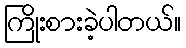
ကြိုးစားခဲ့ပါတယ်။